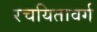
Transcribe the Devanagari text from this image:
रचयितावर्ग